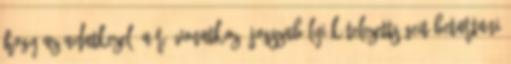
hogy az adatkezelő a rá vonatkozó jogszabályi kötelezettségeit betartani